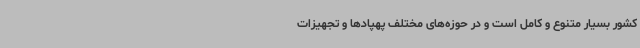
کشور بسیار متنوع و کامل است و در حوزه‌های مختلف پهپادها و تجهیزات